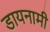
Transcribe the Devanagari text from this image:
डायनामी